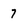
Character: 7